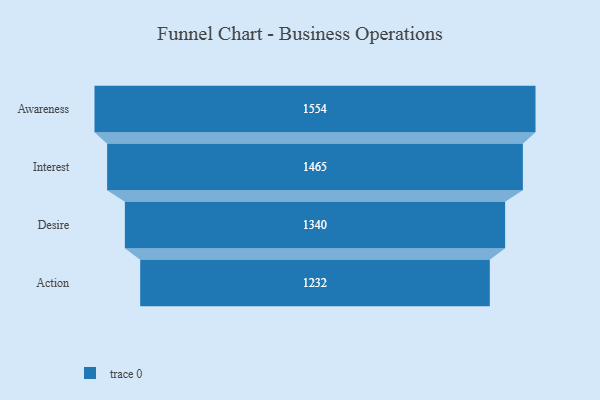
{"axis": {"x": "Stage", "y": "Value"}, "legend": [""], "data": [{"x": "Awareness", "y": 1554.0, "type": ""}, {"x": "Interest", "y": 1465.0, "type": ""}, {"x": "Desire", "y": 1340.0, "type": ""}, {"x": "Action", "y": 1232.0, "type": ""}]}